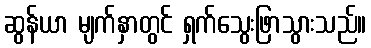
ဆွန်ယာ မျက်နှာတွင် ရှက်သွေးဖြာသွားသည်။